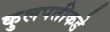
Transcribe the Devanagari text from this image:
कुलपतीकडे